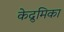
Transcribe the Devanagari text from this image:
केद्रुमिका